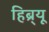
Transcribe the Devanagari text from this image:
हिब्र्यू